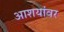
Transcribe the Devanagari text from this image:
आशयांवर